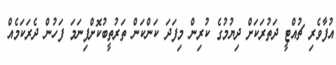
އުފާވެރި ޗުއްޓީ ދަތުރަކަށް ދިޔުމުގެ ކުރިން މިފަދަ ކަންކަން ތަރުތީބުކޮށްފިނަމަ ފަހުން ދެރަކަމެއް